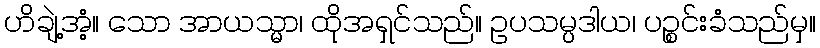
ဟိချဲ့အံ့။ သော အာယသ္မာ၊ ထိုအရှင်သည်။ ဥပသမ္ပဒါယ၊ ပဉ္စင်းခံသည်မှ။